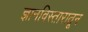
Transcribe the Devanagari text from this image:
ज्ञानविस्तारातून